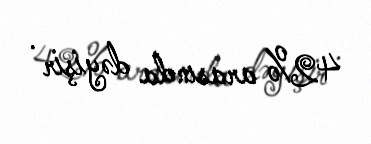
42% arasında dəyişir .